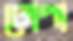
ঢোপা